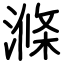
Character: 滌